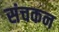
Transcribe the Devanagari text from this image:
संचकन